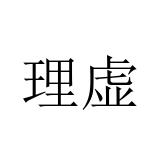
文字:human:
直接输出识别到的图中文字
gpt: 理虚